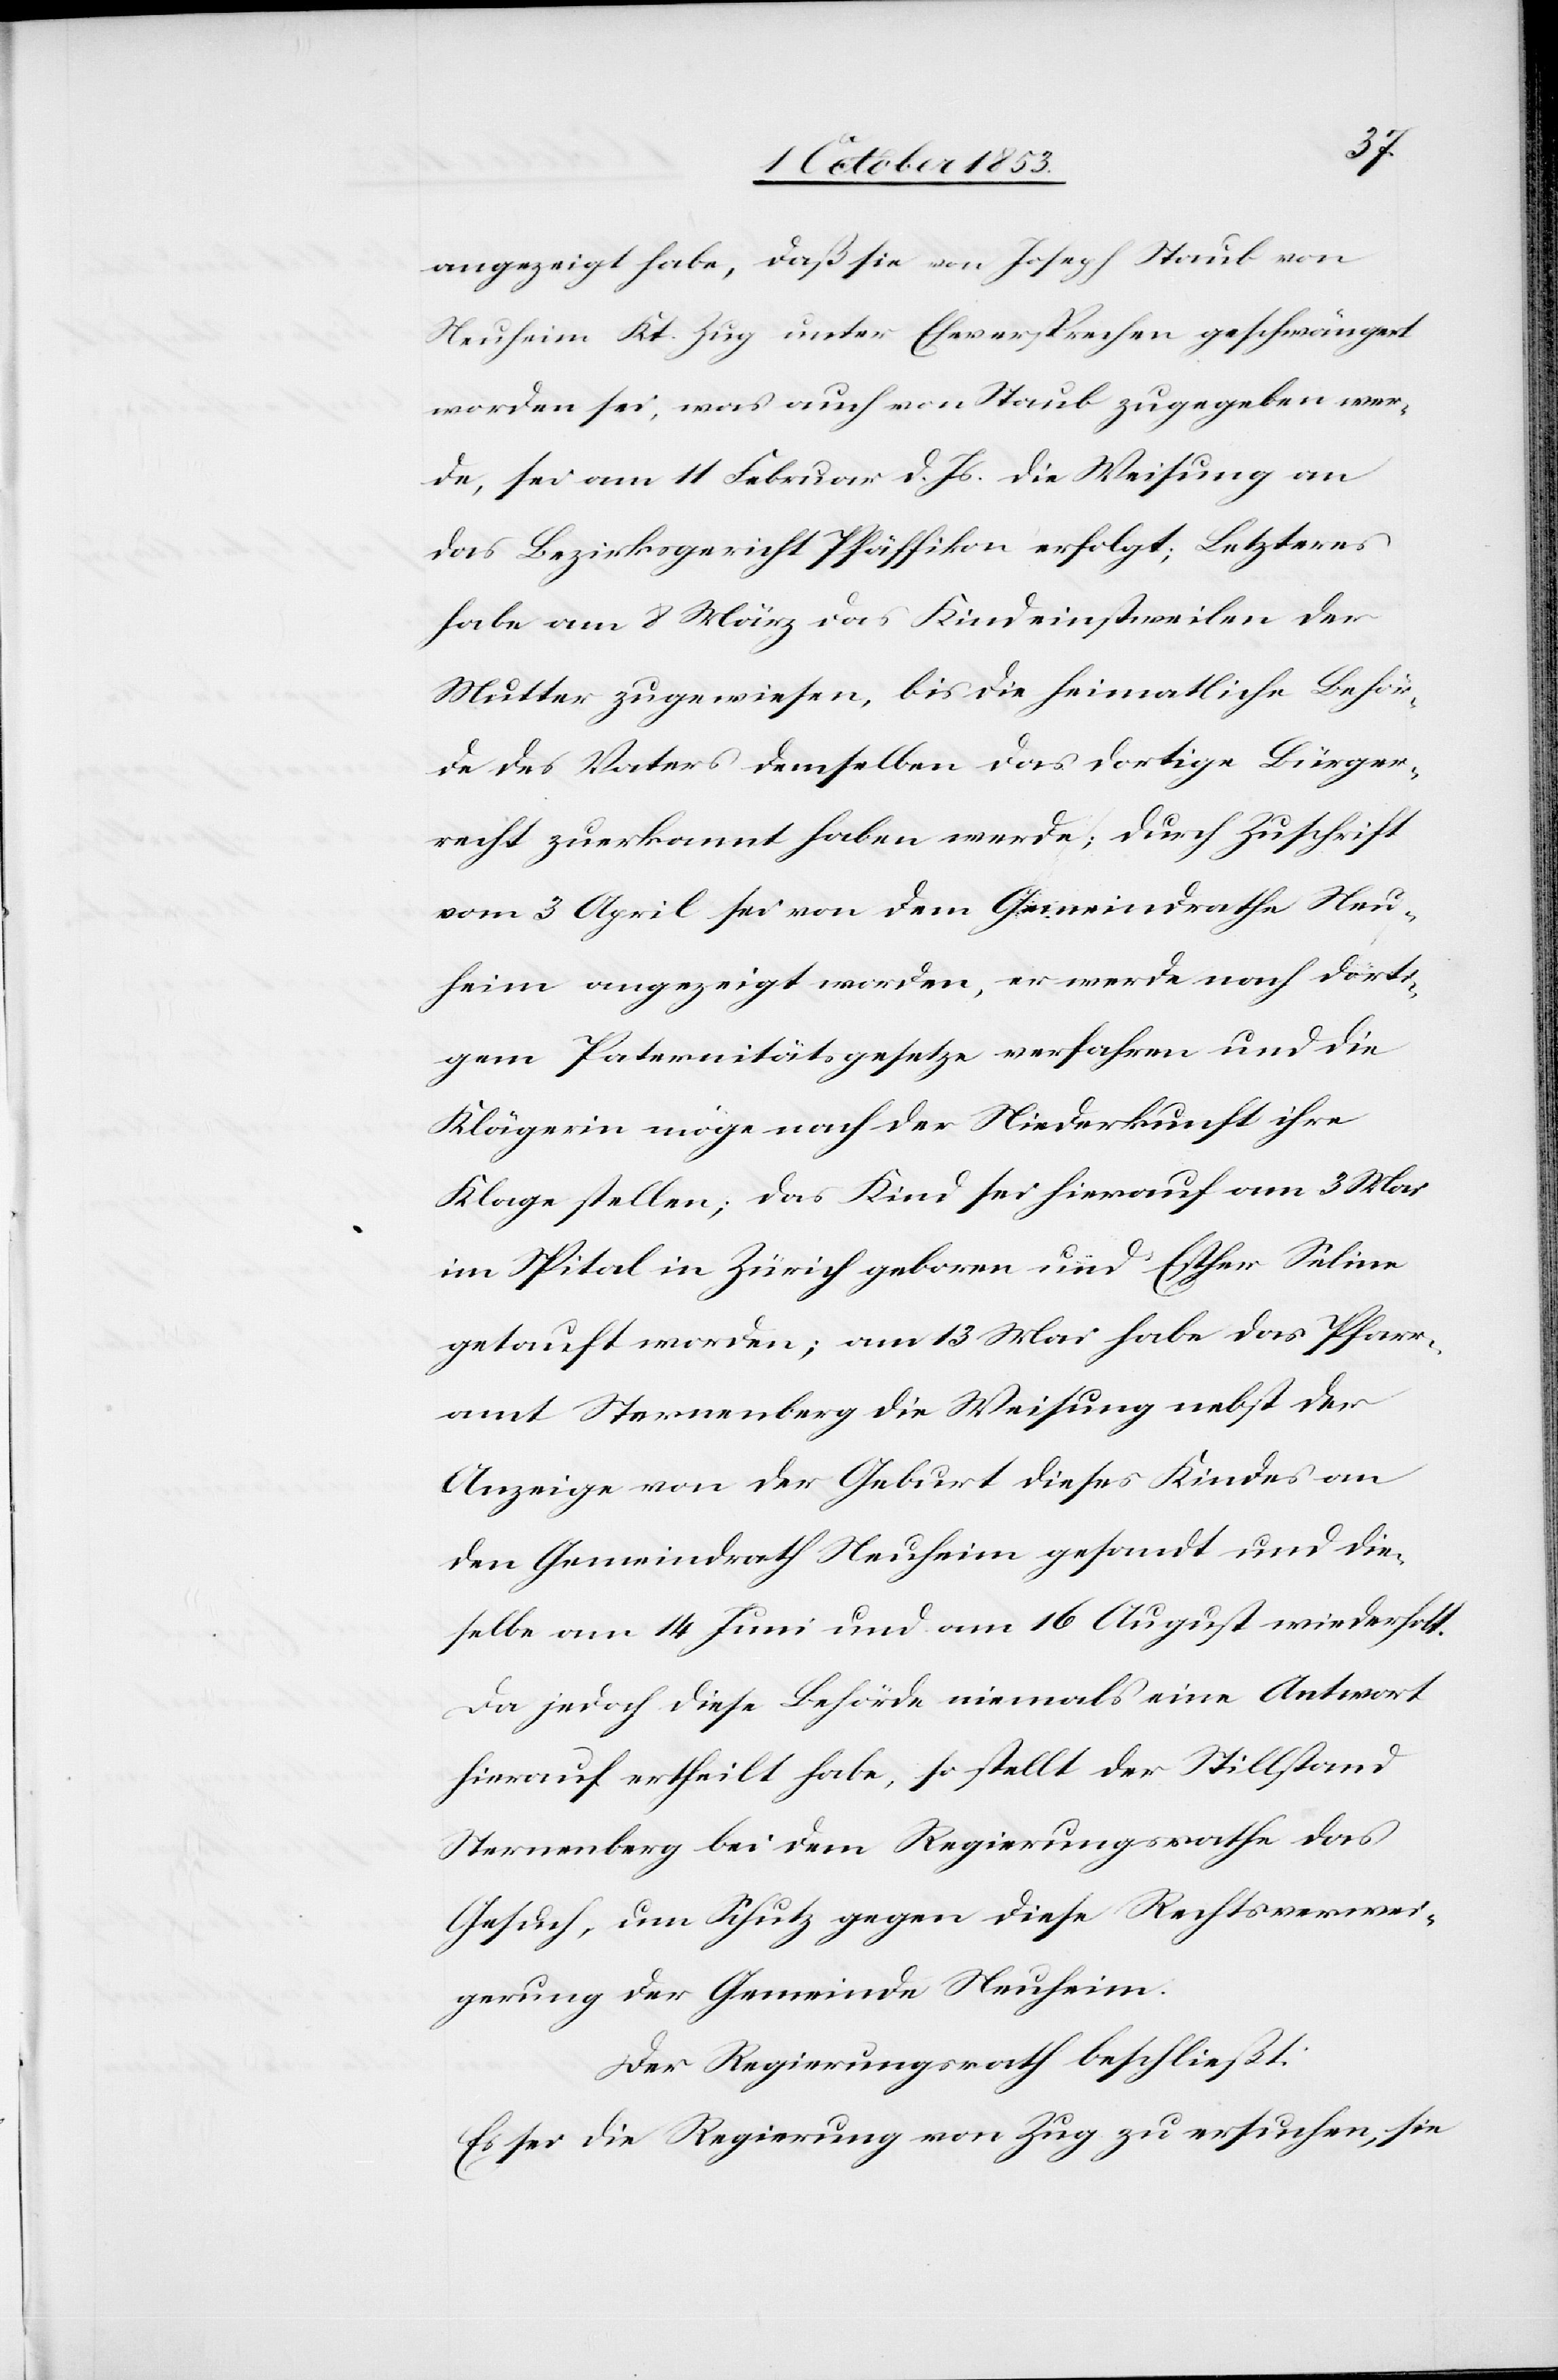
angezeigt habe, daß sie von Joseph Staub von
Neuschein Kt. Zug unter Eheversprechen geschwängert
worden sei, was auch von Staub zugegeben wer¬
de, sei am 14 Februar d. Js. die Weisung an
das Bezirksgericht Pfäffikon erfolgt; Letzteres
habe am 8 März das Kind einstweilen der
Mutter zugewiesen, bis die heimatliche Behör¬
de des Vaters demselben das dortige Bürger¬
recht zuerkannt haben werde; durch Zuschrift
vom 3 April sei von dem Gemeindrathe Neu¬
heim angezeigt worden, er werde nach dorti¬
gem Paternitätsgesetze verfahren und die
Klägerin möge nach der Niederkunft ihre
Klage stellen; das Kind sei hierauf am 3 Mai
im Spital in Zürich geboren und Esther Salina
getauft worden; am 13 Mai habe das Pfarr¬
amt Sternenberg die Weisung nebst der
Anzeige von der Geburt dieses Kindes an
den Gemeindrath Neuheim gesandt und die¬
selbe am 14 Juni und am 16 August wiederholt.
Da jedoch diese Behörde niemals eine Antwort
hierauf ertheilt habe, so stellt der Stillstand
Sternenberg bei dem Regierungsrathe das
Gesuch, um Schutz gegen diese Rechtsverwei¬
gerung der Gemeinde Neuheim.
Der Regierungsrath beschließt:
Es sei die Regierung von Zug zu ersuchen, sie